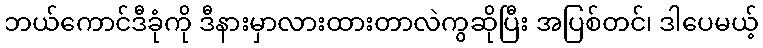
ဘယ်ကောင်ဒီခုံကို ဒီနားမှာလားထားတာလဲကွဆိုပြီး အပြစ်တင်၊ ဒါပေမယ့်